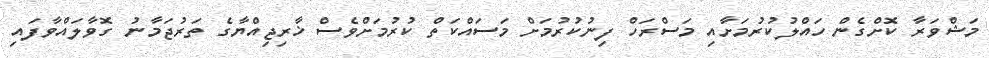
މަޝްވަރާ ކޮށްގެން ހައްލުކުރުމަށާއި މަސްރަހް ފިނުކުރުމަށް މަސައްކަތް ކުރުމަށްވެސް ޚާރިޖިއްޔާގެ ތަރުޖަމާނު ގޮވާލައްވާފައި